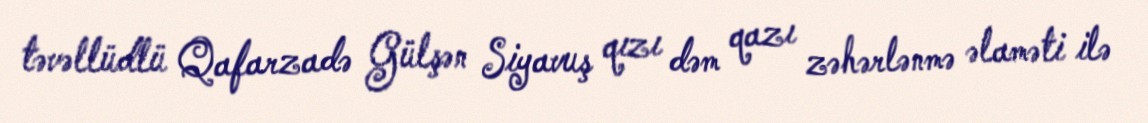
təvəllüdlü Qafarzadə Gülşən Siyavuş qızı dəm qazı zəhərlənmə əlaməti ilə